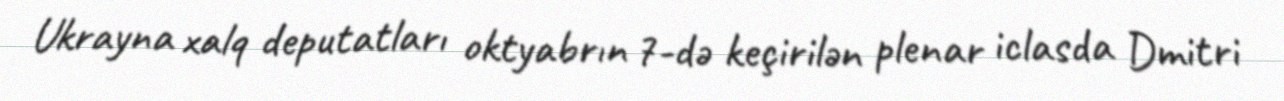
Ukrayna xalq deputatları oktyabrın 7-də keçirilən plenar iclasda Dmitri